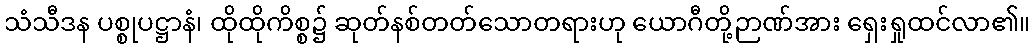
သံသီဒန ပစ္စုပဋ္ဌာနံ၊ ထိုထိုကိစ္စ၌ ဆုတ်နစ်တတ်သောတရားဟု ယောဂီတို့ဉာဏ်အား ရှေးရှုထင်လာ၏။